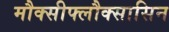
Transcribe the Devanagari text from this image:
मौक्सीफ्लौक्सासिन